Account of plague administration in the Bombay Presidency from September 1896 till May 1897
Year: 1896
Disease focus: Plague
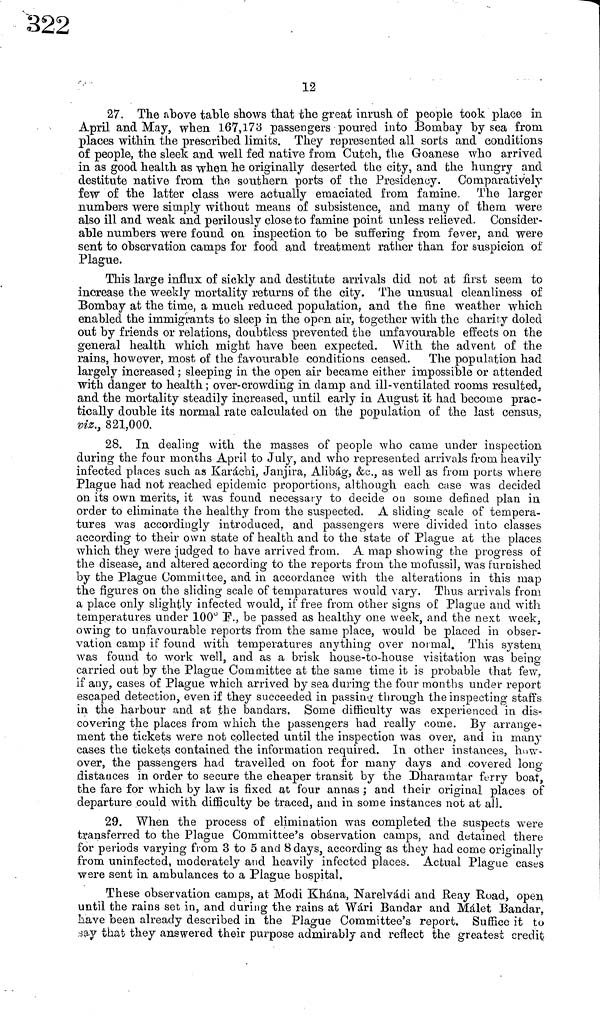
12
27. The above table shows that the great inrush of people took place in
April and May, when 167,173 passengers poured into Bombay by sea from
places within the prescribed limits. They represented all sorts and conditions
of people, the sleek and well fed native from ditch, the Goanese who arrived
in as good health as when he originally deserted the city, and the hungry and
destitute native from the southern ports of the Presidency. Comparatively
few of the latter class were actually emaciated from famine. The larger
numbers were simply without means of subsistence, and many of them were
also ill and weak and perilously close to famine point unless relieved. Consider-
able numbers were found on inspection to be suffering from fever, and were
sent to observation camps for food and treatment rather than for suspicion of
Plague.
This large influx of sickly and destitute arrivals did not at first seem to
increase the weekly mortality returns of the city. The unusual cleanliness of
Bombay at the time, a much reduced population, and the fine weather which
enabled the immigrants to sleep in the open air, together with the charity doled
out by friends or relations, doubtless prevented the unfavourable effects on the
general health which might have been expected. With the advent of the
rains, however, most of the favourable conditions ceased. The population had
largely increased ; sleeping in the open air became either impossible or attended
with danger to health ; over-crowding in damp and ill-ventilated rooms resulted,
and the mortality steadily increased, until early in August it had become prac-
tically double its normal rate calculated on the population of the last census,
viz., 821,000,
28. In dealing with the masses of people who came under inspection
during the four months April to July, and who represented arrivals from heavily
infected places such as Karachi, Janjira, Alibàg, &c., as well as from ports where
Plague had not reached epidemic proportions, although each case was decided
on its own merits, it was found necessary to decide on some defined plan in
order to eliminate the healthy from the suspected. A sliding scale of tempera-
tures was accordingly introduced, and passengers were divided into classes
according to their own state of health and to the state of Plague at the places
which they were judged to have arrived from. A map showing the progress of
the disease, and altered according to the reports from the mofussil, was furnished
by the Plague Committee, and in accordance with the alterations in this map
the figures on the sliding scale of temparatures would vary. Thus arrivals from
a place only slightly infected would, if free from other signs of Plague and with
temperatures under 100° F., be passed as healthy one week, and the next week,
owing to unfavourable reports from the same place, would be placed in obser-
vation camp if found with temperatures anything over normal. This system
was found to work well, and as a brisk house-to-house visitation was being
carried out by the Plague Committee at the same time it is probable that few,
if any, cases of Plague which arrived by sea during the four months under report
escaped detection, even if they succeeded in passing· through the inspecting" staffs
in the harbour and at the bandars. Some difficulty was experienced in dis-
covering the places from which the passengers had really come. By arrange-
ment the tickets were not collected until the inspection was over, and in many
cases the tickets contained the information required. In other instances, how-
over, the passengers had travelled on foot for many days and covered long-
distances in order to secure the cheaper transit by the Dharamtar ferry boat,
the fare for which by law is fixed at four annas ; and their original places of
departure could with difficulty be traced, and in some instances not at all.
29. When the process of elimination was completed the suspects were
transferred to the Plague Committee's observation camps, and detained there
for periods varying from 3 to 5 and 8 days, according as they had come originally
from uninfected, moderately and heavily infected places. Actual Plague cases
were sent in ambulances to a Plague hospital.
These observation camps, at Modi Khána, Narelvádi and Reay Road, open
until the rains set in, and during the rains at Wári Bandar and Málet Bandar,
have been already described in the Plague Committee's report. Suffice it to
say that they answered their purpose admirably and reflect the greatest credit